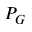
P _ { G }